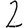
Digit: 2